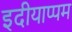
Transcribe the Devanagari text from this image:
इदीयाप्पम